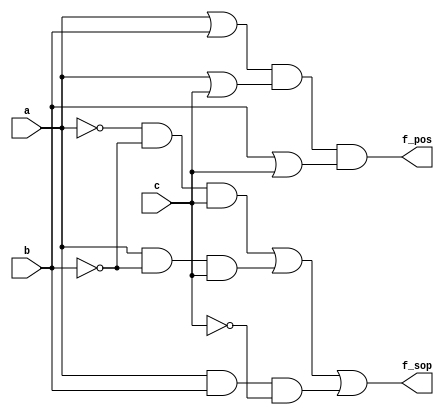
module comb_logic (
    input wire a,      // Input A
    input wire b,      // Input B
    input wire c,      // Input C
    output wire f_sop, // Output for Sum of Products (SOP)
    output wire f_pos  // Output for Product of Sums (POS)
);

// Sum of Products (SOP)
// Example SOP function: f = A'B'C + AB'C + ABC'
wire not_a, not_b, not_c; // Intermediate NOT gates
wire term1, term2, term3; // Intermediate product terms

// NOT gates for inputs
not u1(not_a, a);
not u2(not_b, b);
not u3(not_c, c);

// Product terms
and u4(term1, not_a, not_b, c); // A'B'C
and u5(term2, a, not_b, c);     // AB'C
and u6(term3, a, b, not_c);     // ABC'

// Final SOP output
or u7(f_sop, term1, term2, term3); // f = A'B'C + AB'C + ABC'

// Product of Sums (POS)
// Example POS function: f = (A + B)(A + C)(B + C)
wire sum1, sum2, sum3; // Intermediate sum terms

// Sum terms
or u8(sum1, a, b); // A + B
or u9(sum2, a, c); // A + C
or u10(sum3, b, c); // B + C

// Final POS output
and u11(f_pos, sum1, sum2, sum3); // f = (A + B)(A + C)(B + C)

endmodule